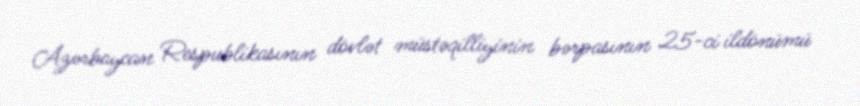
Azərbaycan Respublikasının dövlət müstəqilliyinin bərpasının 25-ci ildönümü